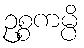
ဥစ္စကမ္ပိ